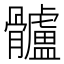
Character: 髗